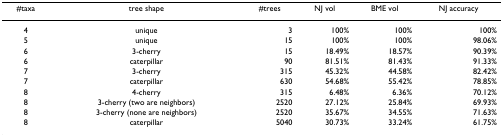
<table><thead><tr><td><b>#taxa</b></td><td><b>tree shape</b></td><td><b>#trees</b></td><td><b>NJ vol</b></td><td><b>BME vol</b></td><td><b>NJ accuracy</b></td></tr></thead><tbody><tr><td>4</td><td>unique</td><td>3</td><td>100%</td><td>100%</td><td>100%</td></tr><tr><td>5</td><td>unique</td><td>15</td><td>100%</td><td>100%</td><td>98.06%</td></tr><tr><td>6</td><td>3-cherry</td><td>15</td><td>18.49%</td><td>18.57%</td><td>90.39%</td></tr><tr><td>6</td><td>caterpillar</td><td>90</td><td>81.51%</td><td>81.43%</td><td>91.33%</td></tr><tr><td>7</td><td>3-cherry</td><td>315</td><td>45.32%</td><td>44.58%</td><td>82.42%</td></tr><tr><td>7</td><td>caterpillar</td><td>630</td><td>54.68%</td><td>55.42%</td><td>78.85%</td></tr><tr><td>8</td><td>4-cherry</td><td>315</td><td>6.48%</td><td>6.36%</td><td>70.12%</td></tr><tr><td>8</td><td>3-cherry (two are neighbors)</td><td>2520</td><td>27.12%</td><td>25.84%</td><td>69.93%</td></tr><tr><td>8</td><td>3-cherry (none are neighbors)</td><td>2520</td><td>35.67%</td><td>34.55%</td><td>71.63%</td></tr><tr><td>8</td><td>caterpillar</td><td>5040</td><td>30.73%</td><td>33.24%</td><td>61.75%</td></tr></tbody></table>